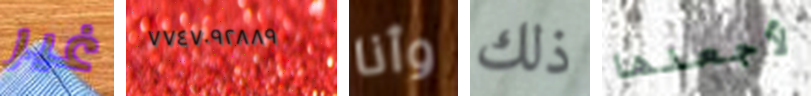
غير ٧٧٤٧٠٩٢٨٨٩ وأنا ذلك لأجعلها